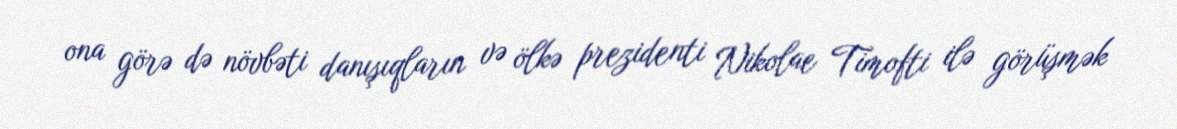
ona görə də növbəti danışıqların və ölkə prezidenti Nikolae Timofti ilə görüşmək